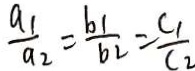
\frac { a _ { 1 } } { a _ { 2 } } = \frac { b 1 } { b 2 } = \frac { C _ { 1 } } { C _ { 2 } }